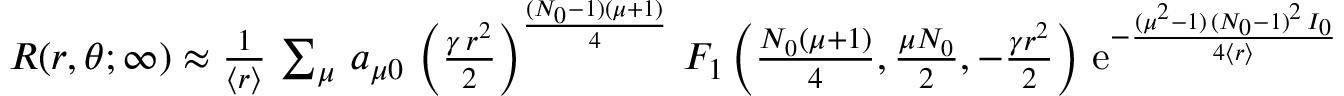
\begin{array} { r } { R ( r , \theta ; \infty ) \approx { \frac { 1 } { \langle r \rangle } } \, \sum _ { \mu } \, a _ { \mu 0 } \, \left( { \frac { \gamma \, r ^ { 2 } } { 2 } } \right) ^ { \frac { ( N _ { 0 } - 1 ) ( \mu + 1 ) } { 4 } } \, F _ { 1 } \left( \frac { N _ { 0 } ( \mu + 1 ) } { 4 } , \frac { \mu N _ { 0 } } { 2 } , - \frac { \gamma r ^ { 2 } } { 2 } \right) \, \mathrm { e } ^ { - { \frac { ( \mu ^ { 2 } - 1 ) \, ( N _ { 0 } - 1 ) ^ { 2 } \, I _ { 0 } } { 4 \langle r \rangle } } } } \end{array}